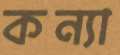
কন্যা